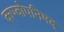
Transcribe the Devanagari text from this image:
कण्वोपनिषद्‌